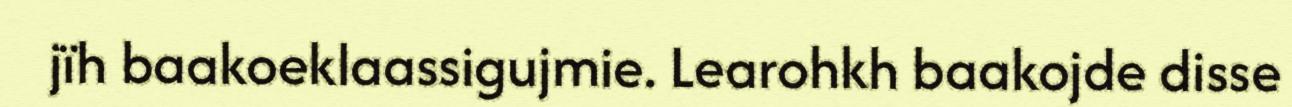
jïh baakoeklaassigujmie. Learohkh baakojde disse